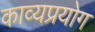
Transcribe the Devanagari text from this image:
काव्यप्रयोग